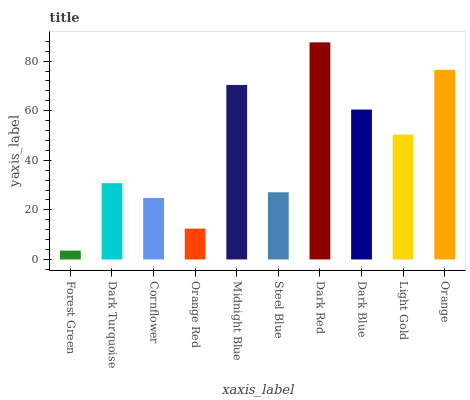
| xaxis_label | bars |
 | --- | --- |
 | Forest Green | 3.56 |
 | Dark Turquoise | 30.8 |
 | Cornflower | 24.8 |
 | Orange Red | 12.4 |
 | Midnight Blue | 70.4 |
 | Steel Blue | 27.1 |
 | Dark Red | 87.6 |
 | Dark Blue | 60.5 |
 | Light Gold | 50.4 |
 | Orange | 76.5 |